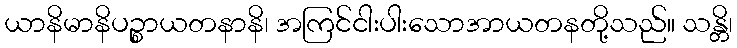
ယာနိမာနိပဉ္စာယတနာနိ၊ အကြင်ငါးပါးသောအာယတနတို့သည်။ သန္တိ၊